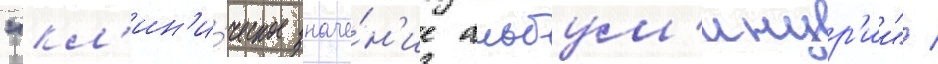
"кл'ин'и́ческое значе́н'ие альбум'инур'ии" /